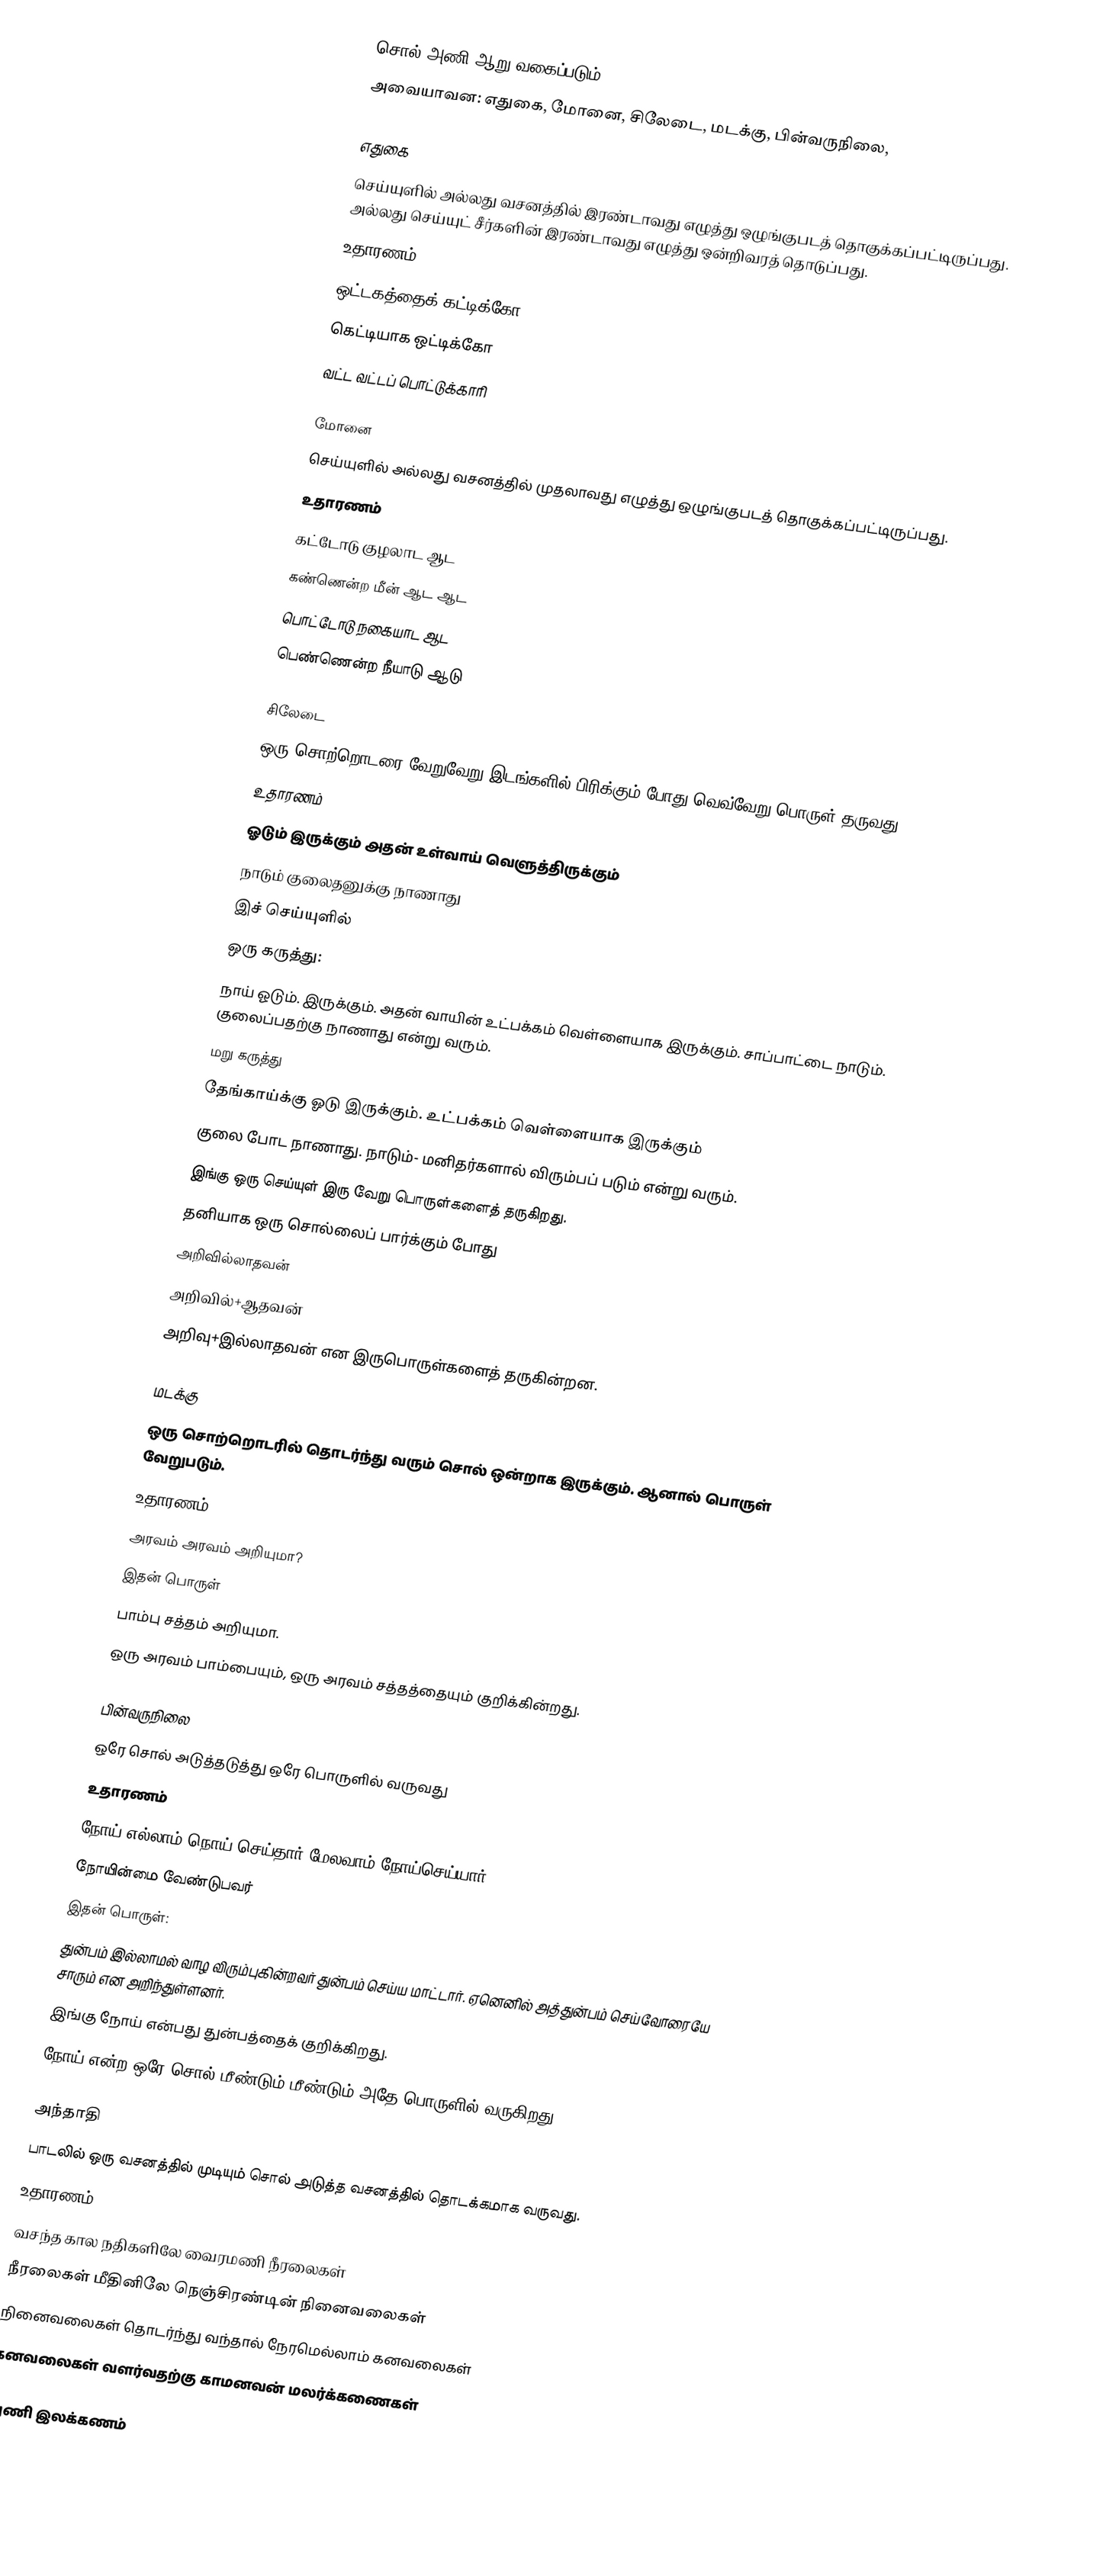
சொல் அணி ஆறு வகைப்படும்.
அவையாவன: எதுகை, மோனை, சிலேடை, மடக்கு, பின்வருநிலை,

எதுகை
செய்யுளில் அல்லது வசனத்தில் இரண்டாவது எழுத்து ஒழுங்குபடத் தொகுக்கப்பட்டிருப்பது. அல்லது செய்யுட் சீர்களின் இரண்டாவது எழுத்து ஒன்றிவரத் தொடுப்பது.
உதாரணம்
ஒட்டகத்தைக் கட்டிக்கோ
கெட்டியாக ஒட்டிக்கோ
வட்ட வட்டப் பொட்டுக்காரி

மோனை
செய்யுளில் அல்லது வசனத்தில் முதலாவது எழுத்து ஒழுங்குபடத் தொகுக்கப்பட்டிருப்பது.
உதாரணம்
கட்டோடு குழலாட ஆட
கண்ணென்ற மீன் ஆட ஆட
பொட்டோடு நகையாட ஆட
பெண்ணென்ற நீயாடு ஆடு

சிலேடை
ஒரு சொற்றொடரை வேறுவேறு இடங்களில் பிரிக்கும் போது வெவ்வேறு பொருள் தருவது.
உதாரணம்
ஓடும் இருக்கும் அதன் உள்வாய் வெளுத்திருக்கும்
நாடும் குலைதனுக்கு நாணாது
இச் செய்யுளில்
ஒரு கருத்து:
நாய் ஓடும். இருக்கும். அதன் வாயின் உட்பக்கம் வெள்ளையாக இருக்கும். சாப்பாட்டை நாடும். குலைப்பதற்கு நாணாது என்று வரும்.
மறு கருத்து
தேங்காய்க்கு ஓடு இருக்கும். உட்பக்கம் வெள்ளையாக இருக்கும்
 குலை போட நாணாது. நாடும்- மனிதர்களால் விரும்பப் படும் என்று வரும்.
இங்கு ஒரு செய்யுள் இரு வேறு பொருள்களைத் தருகிறது.
தனியாக ஒரு சொல்லைப் பார்க்கும் போது
அறிவில்லாதவன்
அறிவில்+ஆதவன்
அறிவு+இல்லாதவன் என இருபொருள்களைத் தருகின்றன.

மடக்கு
ஒரு சொற்றொடரில் தொடர்ந்து வரும் சொல் ஒன்றாக இருக்கும். ஆனால் பொருள் வேறுபடும்.
உதாரணம்
அரவம் அரவம் அறியுமா?
இதன் பொருள்
பாம்பு சத்தம் அறியுமா.
ஒரு அரவம் பாம்பையும், ஒரு அரவம் சத்தத்தையும் குறிக்கின்றது.

பின்வருநிலை
ஒரே சொல் அடுத்தடுத்து ஒரே பொருளில் வருவது
உதாரணம்
நோய் எல்லாம் நொய் செய்தார் மேலவாம் நோய்செய்யார்
நோயின்மை வேண்டுபவர்
இதன் பொருள்:
துன்பம் இல்லாமல் வாழ விரும்புகின்றவர் துன்பம் செய்ய மாட்டார். ஏனெனில் அத்துன்பம் செய்வோரையே சாரும் என அறிந்துள்ளனர்.
இங்கு நோய் என்பது துன்பத்தைக் குறிக்கிறது.
நோய் என்ற ஒரே சொல் மீண்டும் மீண்டும் அதே பொருளில் வருகிறது.

அந்தாதி
பாடலில் ஒரு வசனத்தில் முடியும் சொல் அடுத்த வசனத்தில் தொடக்கமாக வருவது.
உதாரணம்
வசந்த கால நதிகளிலே வைரமணி நீரலைகள்
நீரலைகள் மீதினிலே நெஞ்சிரண்டின் நினைவலைகள்
நினைவலைகள் தொடர்ந்து வந்தால் நேரமெல்லாம் கனவலைகள்
கனவலைகள் வளர்வதற்கு காமனவன் மலர்க்கணைகள்

 அணி இலக்கணம்